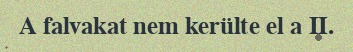
A falvakat nem kerülte el a II.